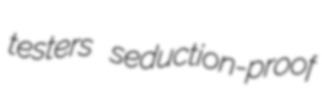
testers seduction-proof